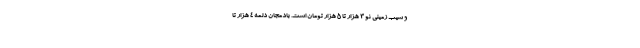
و سیب زمینی نو ۳ هزار تا ۵ هزار تومان است. بادمجان دلمه ۴ هزار تا